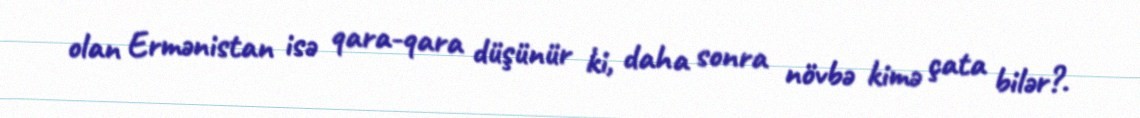
olan Ermənistan isə qara-qara düşünür ki, daha sonra növbə kimə çata bilər?.